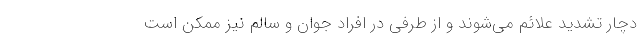
دچار تشدید علائم می‌شوند و از طرفی در افراد جوان و سالم نیز ممکن است